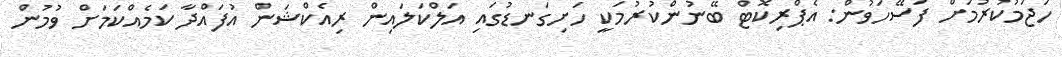
ހަޖަމުކުރުމަށް ފަސޭހަވުން: އެޕްރިކޮޓް ބޭނުންކުރުމަކީ ހަށިގަނޑުގައި އަލްކަލައިން ރިއެކްޝަން އުފައްދާ ކަމެއްކަމަށް ވުމުން